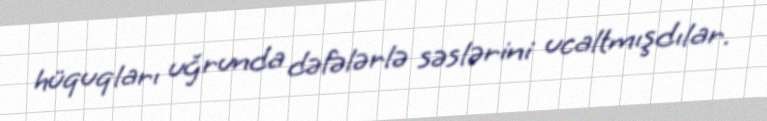
hüquqları uğrunda dəfələrlə səslərini ucaltmışdılar.